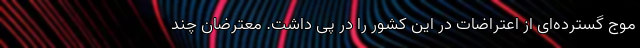
موج گسترده‌ای از اعتراضات در این کشور را در پی داشت. معترضان چند